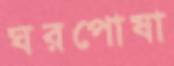
ঘরপোষা